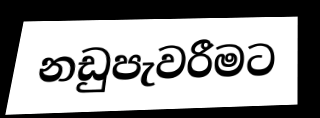
නඩුපැවරීමට